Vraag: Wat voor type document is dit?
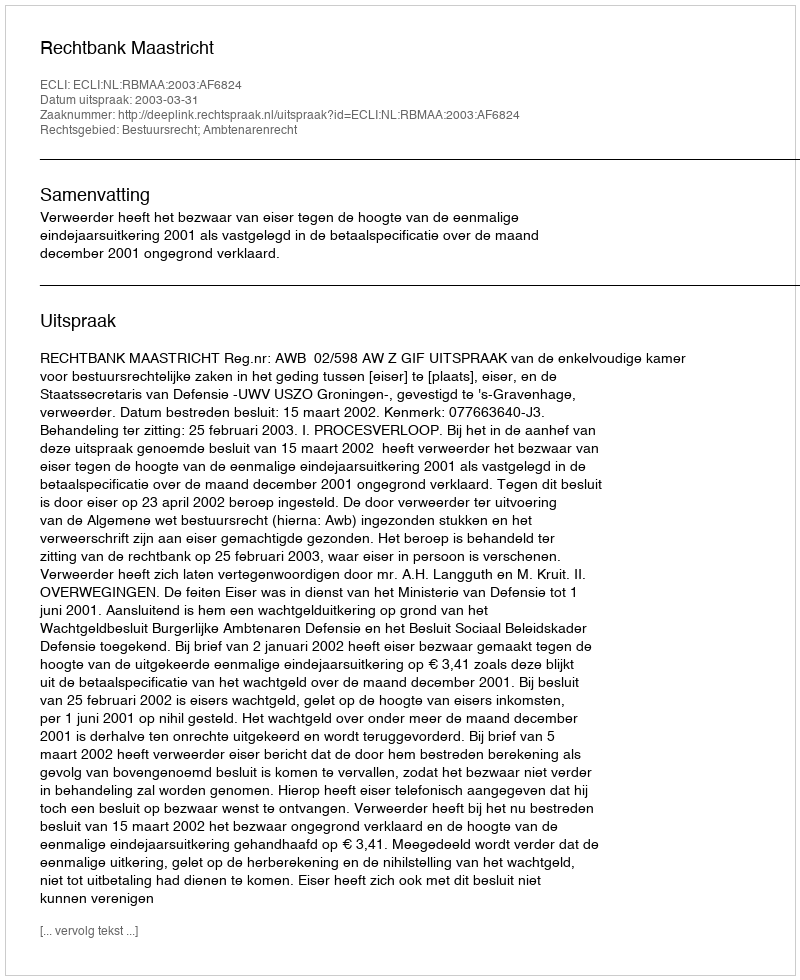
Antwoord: Uitspraak